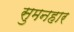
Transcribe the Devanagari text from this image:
सुमनहार